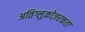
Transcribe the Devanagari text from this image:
अतिग्लुकोज़रक्तता